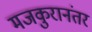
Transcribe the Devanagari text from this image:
मजकुरानंतर